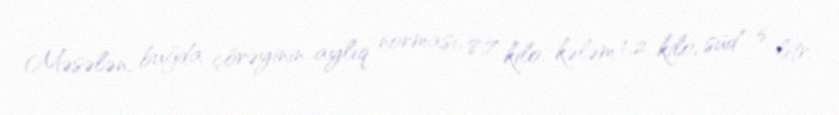
Məsələn, buğda çörəyinin aylıq norması, 8,7 kilo, kələm 1,2 kilo, süd 5 litr,